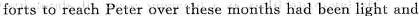
forts to reach Peter over these mouths had been light and